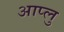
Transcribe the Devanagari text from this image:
आप्लु